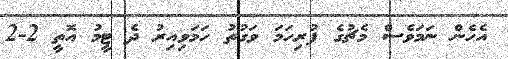
އެހެން ނަމަވެސް މެޗުގެ ފުރިހަމަ ވަގުތު ހަމަވިއިރު ދެ ޓީމު އޮތީ 2-2